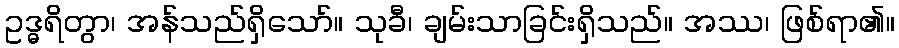
ဥဒ္ဓရိတွာ၊ အန်သည်ရှိသော်။ သုခီ၊ ချမ်းသာခြင်းရှိသည်။ အဿ၊ ဖြစ်ရာ၏။